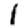
Digit: 1